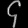
Digit: ၄